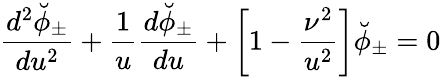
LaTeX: {\frac{d^{2}\breve{\phi}_{\pm}}{du^{2}}}+{\frac{1}{u}}{\frac{d\breve{\phi}_{\pm}}{du}}+\left[1-{\frac{\nu^{2}}{u^{2}}}\right]\breve{\phi}_{\pm}=0